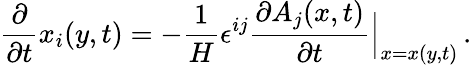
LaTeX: \frac{\partial}{\partial{t}}x_{i}(y,t)=-\frac{1}{H}\epsilon^{ij}\frac{\partial A_{j}(x,t)}{\partial{t}}\Big|_{x=x(y,t)}\, .